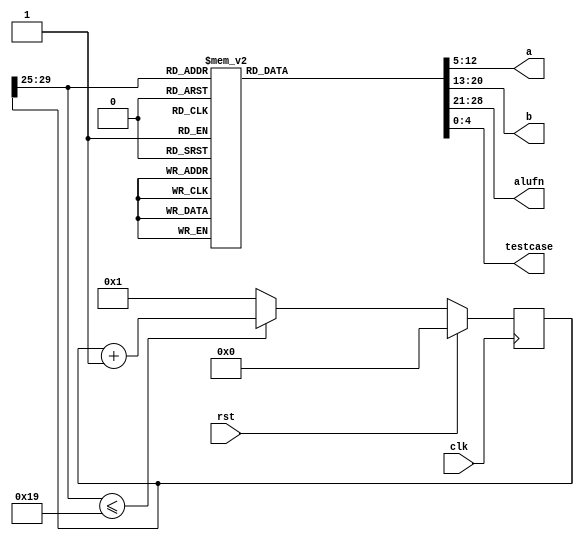
/*
   This file was generated automatically by the Mojo IDE version B1.3.6.
   Do not edit this file directly. Instead edit the original Lucid source.
   This is a temporary file and any changes made to it will be destroyed.
*/

module generator_3 (
    input clk,
    input rst,
    output reg [7:0] a,
    output reg [7:0] b,
    output reg [7:0] alufn,
    output reg [4:0] testcase
  );
  
  
  
  reg [29:0] M_counter_d, M_counter_q = 1'h0;
  
  always @* begin
    M_counter_d = M_counter_q;
    
    
    case (M_counter_q[25+4-:5])
      5'h01: begin
        testcase = 1'h1;
        a = 3'h7;
        b = 3'h5;
        alufn = 8'h00;
      end
      5'h02: begin
        testcase = 2'h2;
        a = 8'h80;
        b = 8'h80;
        alufn = 8'h00;
      end
      5'h03: begin
        testcase = 2'h3;
        a = 3'h7;
        b = 3'h5;
        alufn = 8'h01;
      end
      5'h04: begin
        testcase = 3'h4;
        a = 3'h5;
        b = 3'h7;
        alufn = 8'h01;
      end
      5'h05: begin
        testcase = 3'h5;
        a = 3'h7;
        b = 3'h5;
        alufn = 8'h02;
      end
      5'h06: begin
        testcase = 3'h6;
        a = 5'h1e;
        b = 5'h1f;
        alufn = 8'h02;
      end
      5'h07: begin
        testcase = 3'h7;
        a = 3'h5;
        b = 3'h5;
        alufn = 8'h33;
      end
      5'h08: begin
        testcase = 4'h8;
        a = 3'h7;
        b = 3'h5;
        alufn = 8'h33;
      end
      5'h09: begin
        testcase = 4'h9;
        a = 3'h5;
        b = 3'h7;
        alufn = 8'h35;
      end
      5'h0a: begin
        testcase = 4'ha;
        a = 3'h7;
        b = 3'h5;
        alufn = 8'h35;
      end
      5'h0b: begin
        testcase = 4'hb;
        a = 3'h5;
        b = 3'h7;
        alufn = 8'h37;
      end
      5'h0c: begin
        testcase = 4'hc;
        a = 3'h7;
        b = 3'h5;
        alufn = 8'h37;
      end
      5'h0d: begin
        testcase = 4'hd;
        a = 3'h5;
        b = 3'h7;
        alufn = 8'h18;
      end
      5'h0e: begin
        testcase = 4'he;
        a = 3'h5;
        b = 3'h7;
        alufn = 8'h1e;
      end
      5'h0f: begin
        testcase = 4'hf;
        a = 3'h5;
        b = 3'h7;
        alufn = 8'h16;
      end
      5'h10: begin
        testcase = 5'h10;
        a = 3'h5;
        b = 3'h7;
        alufn = 8'h1a;
      end
      5'h11: begin
        testcase = 5'h11;
        a = 3'h7;
        b = 3'h5;
        alufn = 8'h20;
      end
      5'h12: begin
        testcase = 5'h12;
        a = 8'hb0;
        b = 3'h5;
        alufn = 8'h21;
      end
      5'h13: begin
        testcase = 5'h13;
        a = 8'hb0;
        b = 3'h5;
        alufn = 8'h23;
      end
      5'h14: begin
        testcase = 5'h14;
        a = 3'h5;
        b = 3'h7;
        alufn = 8'h19;
      end
      5'h15: begin
        testcase = 5'h15;
        a = 3'h5;
        b = 3'h7;
        alufn = 8'h1d;
      end
      5'h16: begin
        testcase = 5'h16;
        a = 3'h5;
        b = 3'h7;
        alufn = 8'h13;
      end
      default: begin
        testcase = 1'h0;
        a = 1'h0;
        b = 1'h0;
        alufn = 1'h0;
      end
    endcase
    if (M_counter_q[25+4-:5] <= 6'h19) begin
      M_counter_d = M_counter_q + 1'h1;
    end else begin
      M_counter_d = 1'h1;
    end
  end
  
  always @(posedge clk) begin
    if (rst == 1'b1) begin
      M_counter_q <= 1'h0;
    end else begin
      M_counter_q <= M_counter_d;
    end
  end
  
endmodule